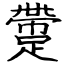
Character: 䠠